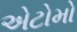
એટોમો